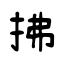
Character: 拂